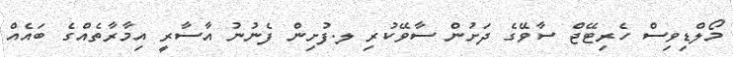
މޯލްޑިވިސް ހެރިޓޭޖް ސާވޭގެ ދަށުން ސާވޭކުރި ލ.ފުށިން ފެނުނު އާސާރީ އިމާރާތެއްގެ ބައެއް